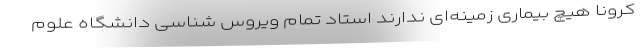
کرونا هیچ بیماری زمینه‌ای ندارند استاد تمام ویروس شناسی دانشگاه علوم